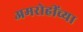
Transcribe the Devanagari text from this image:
अमरोहींच्या